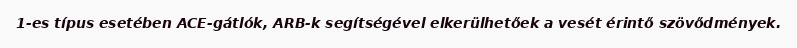
1-es típus esetében ACE-gátlók, ARB-k segítségével elkerülhetőek a vesét érintő szövődmények.